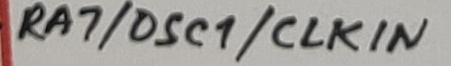
Text: RA7/OSC1/CLKIN